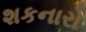
શકનારો